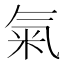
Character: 氣